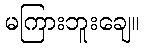
မကြားဘူးချေ။